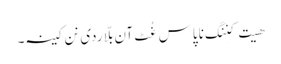
ھیت کنِنگ نا پاس غُٹ آن بلّا ردی نن کینہ۔